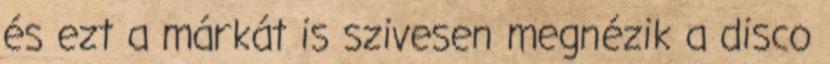
és ezt a márkát is szivesen megnézik a disco